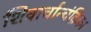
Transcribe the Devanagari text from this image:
शिवार्चान्चंद्रिका